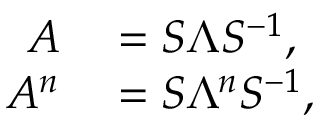
\begin{array} { r l } { A } & { { } = S \Lambda S ^ { - 1 } , } \\ { A ^ { n } } & { { } = S \Lambda ^ { n } S ^ { - 1 } , } \end{array}